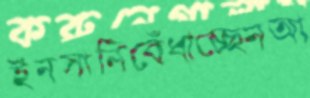
ইনসানিবেঁধাচ্ছেনআ